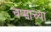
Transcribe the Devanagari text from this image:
चष्माच्या